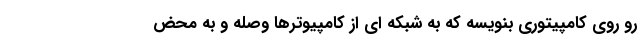
رو روی کامپیتوری بنویسه که به شبکه ای از کامپیوترها وصله و به محض